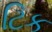
ટિક